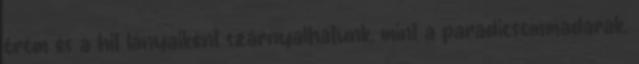
öröm és a hit lányaiként szárnyalhatunk, mint a paradicsommadarak,